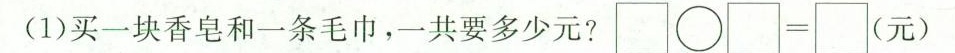
(1)买一块香皂和一条毛巾，一共要多少元?\Box \bigcirc \Box=\Box(元)